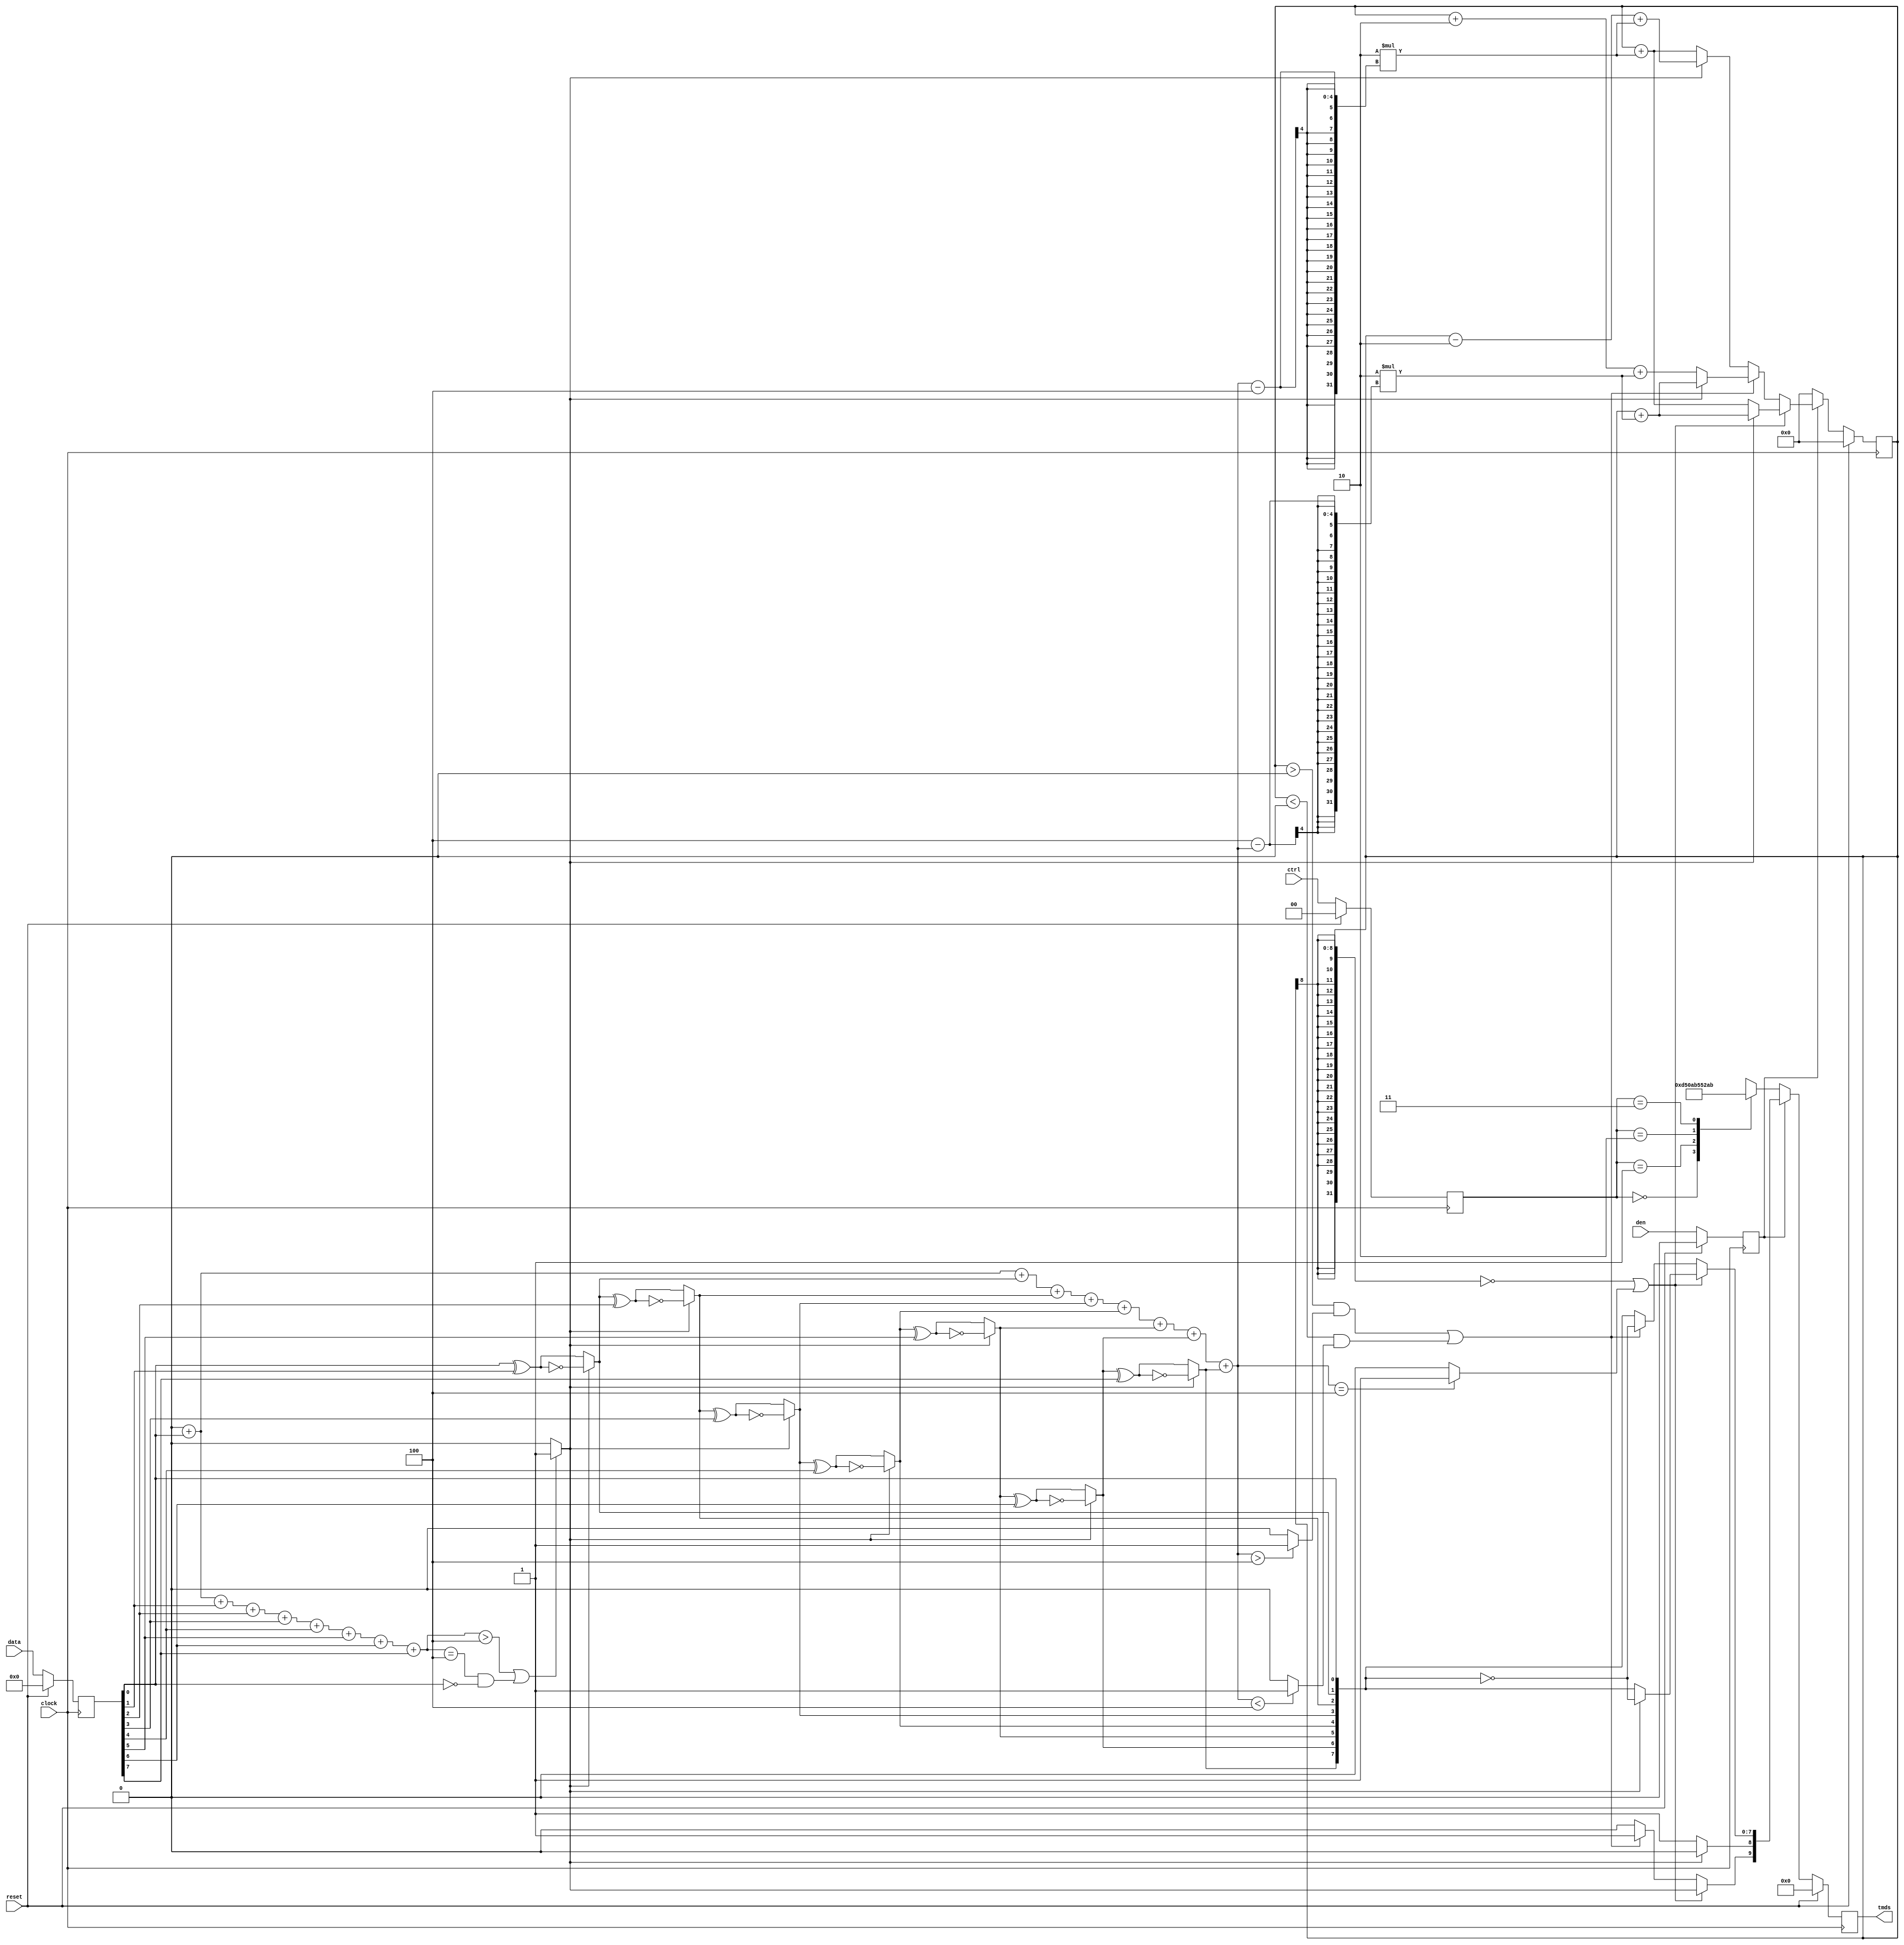
module dvi_tx_tmds_enc(
	
	input					clock,
	input					reset,
	
	input					den,
	input		[7 : 0]		data,
	input		[1 : 0]		ctrl,
	output reg	[9 : 0]		tmds
);
	reg			[7 : 0]		data_reg;
	reg						den_reg;
	reg			[1 : 0]		ctrl_reg;
	wire		[9 : 0]		tmds_int;
	
	reg 		[8 : 0]		cnt_q;
	reg 		[8 : 0]		cnt_d;
	reg			[8 : 0]		q_m;
	
	reg			[9 : 0]		q_out;
	wire		[8 : 0]		q_m_temp;
	
	
	/////////////////////////////////////////////////////////////
	function [3 : 0] count_ones;
		input [7 : 0] data_in;
		integer loop;
	begin
	
		count_ones = 0;
		
		for(loop = 0; loop < 8; loop = loop + 1)begin : cnt_o
			count_ones = count_ones + data_in[loop];
		end
	end
	endfunction
	/////////////////////////////////////////////////////////////
	
	
	/////////////////////////////////////////////////////////////
	always@(posedge clock)begin
		
		if(reset)begin
			data_reg <= 0;
			ctrl_reg <= 0;
			den_reg <= 0;
			tmds <= 0;
			cnt_q <= 0;
		end else begin
			data_reg <= data;
			den_reg <= den;
			ctrl_reg <= ctrl;
			tmds <= tmds_int;
			cnt_q <= cnt_d;
		end
	end
	/////////////////////////////////////////////////////////////
	
	
	/////////////////////////////////////////////////////////////
	wire qm_flip;
	
	assign qm_flip = (count_ones(data_reg) > 4) | ((count_ones(data_reg) == 4) & (!data_reg[0])) ? 1'b1 : 1'b0;
	
	assign q_m_temp[0] = data_reg[0];
	assign q_m_temp[1] = (qm_flip) ? ~(q_m_temp[0] ^ data_reg[1]) : (q_m_temp[0] ^ data_reg[1]);
	assign q_m_temp[2] = (qm_flip) ? ~(q_m_temp[1] ^ data_reg[2]) : (q_m_temp[1] ^ data_reg[2]);
	assign q_m_temp[3] = (qm_flip) ? ~(q_m_temp[2] ^ data_reg[3]) : (q_m_temp[2] ^ data_reg[3]);
	assign q_m_temp[4] = (qm_flip) ? ~(q_m_temp[3] ^ data_reg[4]) : (q_m_temp[3] ^ data_reg[4]);
	assign q_m_temp[5] = (qm_flip) ? ~(q_m_temp[4] ^ data_reg[5]) : (q_m_temp[4] ^ data_reg[5]);
	assign q_m_temp[6] = (qm_flip) ? ~(q_m_temp[5] ^ data_reg[6]) : (q_m_temp[5] ^ data_reg[6]);
	assign q_m_temp[7] = (qm_flip) ? ~(q_m_temp[6] ^ data_reg[7]) : (q_m_temp[6] ^ data_reg[7]);
	assign q_m_temp[8] = (qm_flip) ? 1'b0 : 1'b1;
	
	always@(*)begin
		q_m <= q_m_temp;
	end
	/////////////////////////////////////////////////////////////
	
	wire ones_equ_f;
	wire ones_larg_f;
	wire ones_sml_f;
	
	assign ones_equ_f = (count_ones(q_m[7 : 0]) == 4) ? 1'b1 : 1'b0;
	assign ones_larg_f = (count_ones(q_m[7 : 0]) > 4) ? 1'b1 : 1'b0;
	assign ones_sml_f = (count_ones(q_m[7 : 0]) < 4) ? 1'b1 : 1'b0;
	
	/////////////////////////////////////////////////////////////
	always@(*)begin
		
		if(!den_reg)begin
			
			case(ctrl_reg)
				2'b00:   q_out = 10'b1101010100;
				2'b01:   q_out = 10'b0010101011;
				2'b10:   q_out = 10'b0101010100;
				2'b11:   q_out = 10'b1010101011;
			endcase
			
		end else if( ($signed(cnt_q) == 0) | ones_equ_f)begin
			
			q_out[9] = ~q_m[8];
			q_out[8] = q_m[8];
			
			if(q_m[8])begin
				q_out[7 : 0] = q_m[7 : 0];
			end else begin
				q_out[7 : 0] = ~q_m[7 : 0];
			end
			
		end else if(
			( ($signed(cnt_q) > 0) & ones_larg_f ) | 
			( ($signed(cnt_q) < 0) & ones_sml_f )
		)begin
			q_out[9] = 1'b1;
			q_out[8] = q_m[8];
			q_out[7 : 0] = ~q_m[7 : 0];
		end else begin
			q_out[9] = 1'b0;
			q_out[8] = q_m[8];
			q_out[7 : 0] = q_m[7 : 0];
		end
	end
	
	assign tmds_int = q_out;
	/////////////////////////////////////////////////////////////
	
	
	/////////////////////////////////////////////////////////////
	always@(*)begin
		
		if(!den_reg)begin
			
			cnt_d = 0;
			
		end else if( ($signed(cnt_q) == 0) | ones_equ_f )begin
			
			if(q_m[8])begin
				cnt_d = $signed(cnt_q) + 2 * (count_ones(q_m[7 : 0]) - 4);
			end else begin
				cnt_d = $signed(cnt_q) + 2 * (4 - count_ones(q_m[7 : 0]));
			end
			
		end else if(
			( ($signed(cnt_q) > 0) & ones_larg_f ) | 
			( ($signed(cnt_q) < 0) & ones_sml_f )
		)begin
			
			if(q_m[8])begin
				cnt_d = $signed(cnt_q) + 2 + 2 * (4 - count_ones(q_m[7 : 0]));
			end else begin
				cnt_d = $signed(cnt_q) + 2 * (4 - count_ones(q_m[7 : 0]));
			end
			
		end else begin
			
			if(!q_m[8])begin
				cnt_d = ($signed(cnt_q) - 2) + 2 * (count_ones(q_m[7 : 0]) - 4);
			end else begin
				cnt_d = $signed(cnt_q) + 2 * (count_ones(q_m[7 : 0]) - 4);
			end
		end
	end
	/////////////////////////////////////////////////////////////
	
endmodule